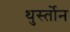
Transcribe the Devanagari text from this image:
थुर्स्तोन